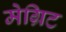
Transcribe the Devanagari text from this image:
मेग्रिट